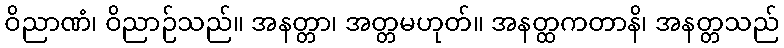
ဝိညာဏံ၊ ဝိညာဉ်သည်။ အနတ္တာ၊ အတ္တမဟုတ်။ အနတ္ထကတာနိ၊ အနတ္တသည်